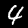
Digit: 4